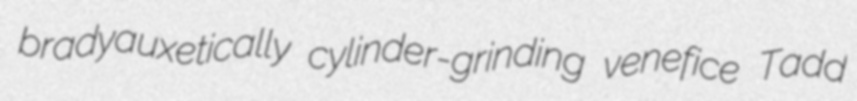
bradyauxetically cylinder-grinding venefice Tadd